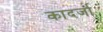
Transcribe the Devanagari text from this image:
कादर्जा